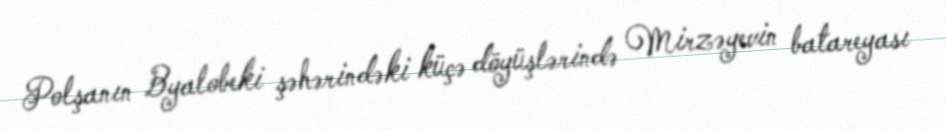
Polşanın Byalobeki şəhərindəki küçə döyüşlərində Mirzəyevin batareyası